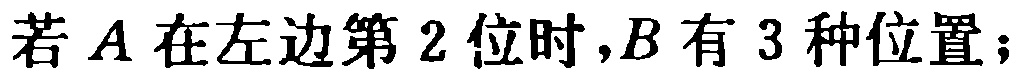
若\(A\)在左边第\(2\)位时,\(B\)有\(3\)种位置；